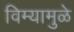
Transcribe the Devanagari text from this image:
विम्यामुळे